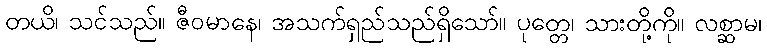
တယိ၊ သင်သည်။ ဇီဝမာနေ၊ အသက်ရှည်သည်ရှိသော်။ ပုတ္တေ၊ သားတို့ကို။ လစ္ဆာမ၊